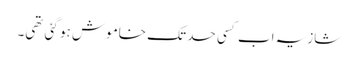
شازیہ اب کسی حد تک خاموش ہو گئی تھی۔